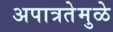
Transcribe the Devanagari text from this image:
अपात्रतेमुळे